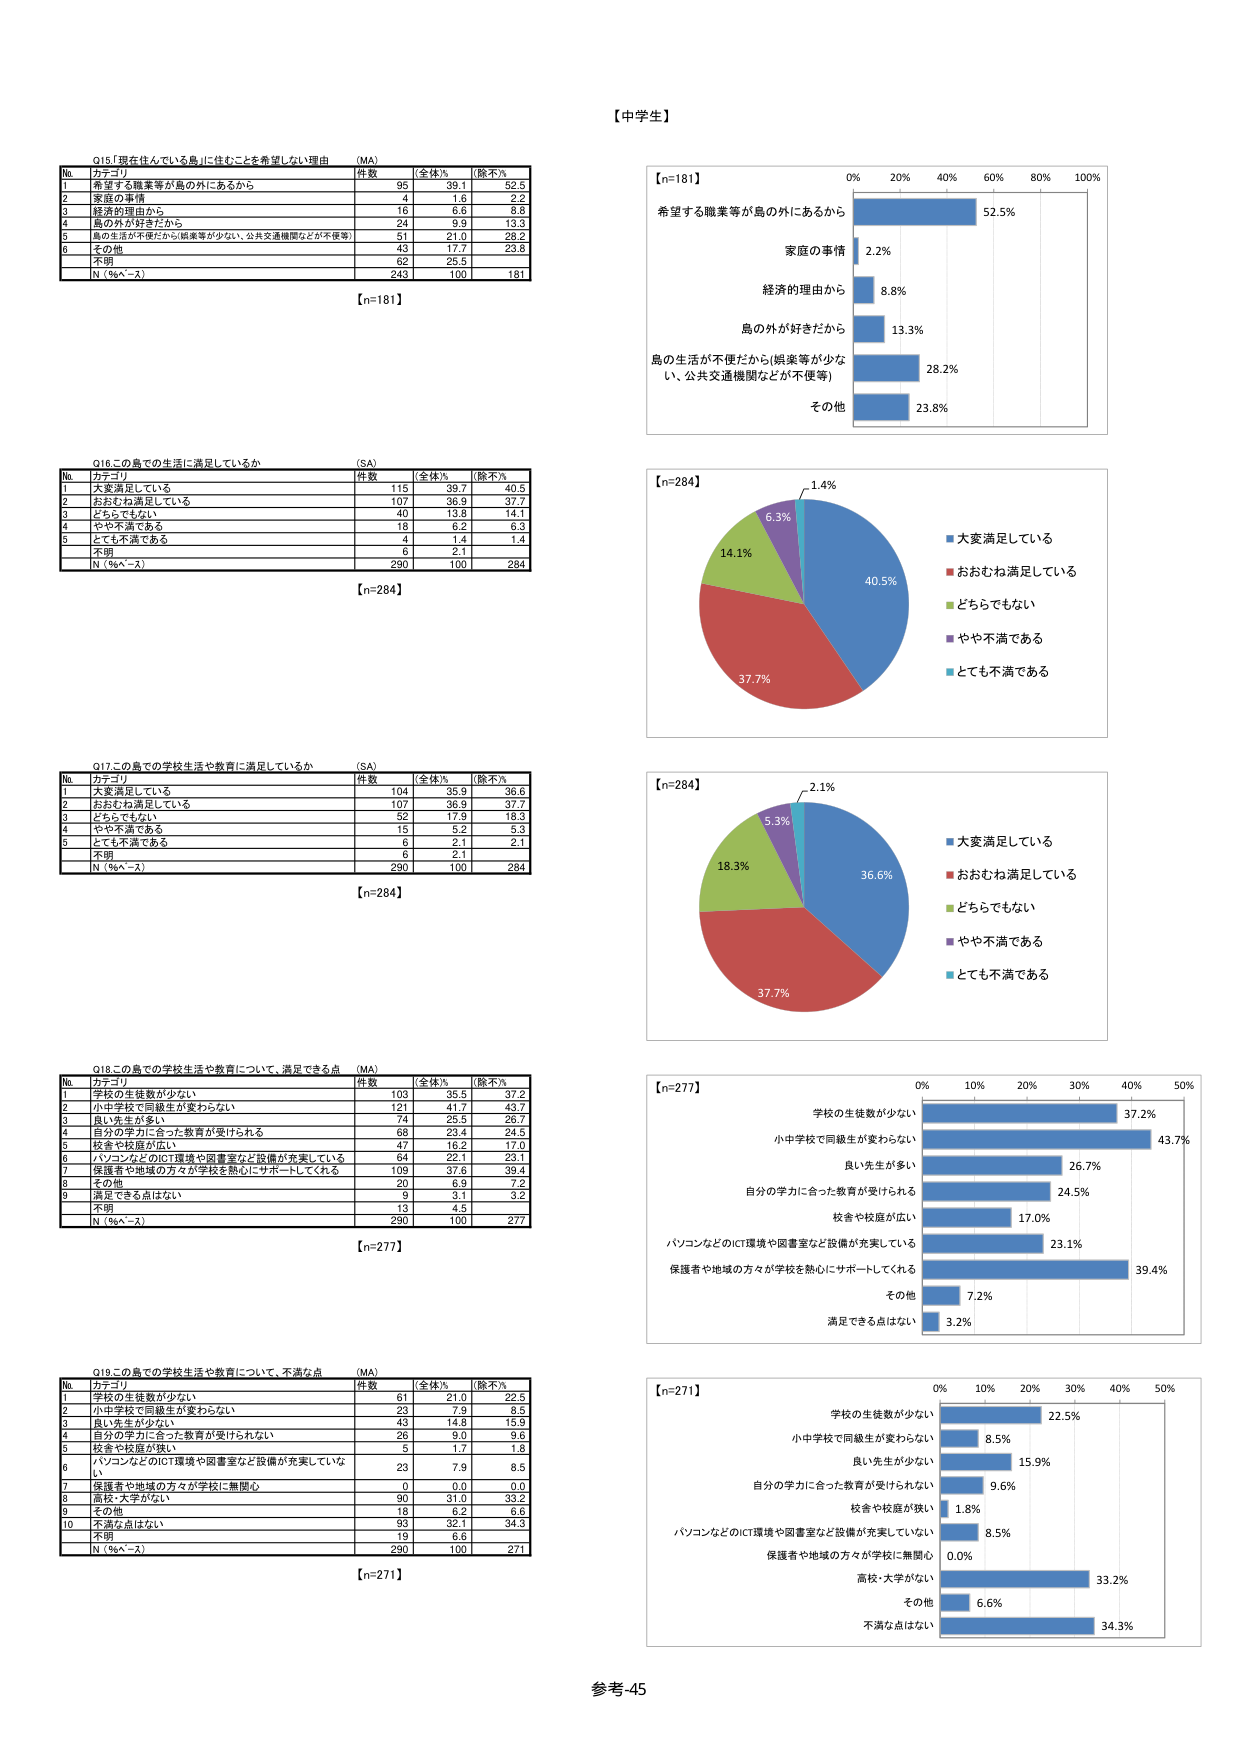
【中学生】

Q15「現在住んでいる島に住むことを希望しない理由」（MA）
No カテゴリ 件数 全体% （除不）%
1 希望する職業等が島の外にあるから 95 39.1 52.5
2 家庭の事情 4 1.6 2.2
3 経済的理由から 16 6.6 8.8
4 島の外が好きだから 24 9.9 13.3
5 島の生活が不便だから（娯楽等が少ない、公共交通機関などが不便等） 51 21.0 28.2
6 その他 43 17.7 23.8
7 不明 62 25.5
N（％ベース） 243 100 181
【n=181】

Q16この島での生活に満足しているか （SA）
No カテゴリ 件数 全体% （除不）%
1 大変満足している 115 39.7 40.5
2 おおむね満足している 107 36.9 37.7
3 どちらでもない 40 13.8 14.1
4 やや不満である 18 6.2 6.3
5 とても不満である 4 1.4 1.4
7 不明 6 2.1
N（％ベース） 290 100 284
【n=284】

Q17この島での学校生活や教育に満足しているか （SA）
No カテゴリ 件数 全体% （除不）%
1 大変満足している 104 35.9 36.6
2 おおむね満足している 107 36.9 37.7
3 どちらでもない 52 17.9 18.3
4 やや不満である 15 5.2 5.3
5 とても不満である 6 2.1 2.1
7 不明 6 2.1
N（％ベース） 290 100 284
【n=284】

Q18この島での学校生活や教育について、満足できる点 （MA）
No カテゴリ 件数 全体% （除不）%
1 学校の生徒数が少ない 103 35.5 37.2
2 小中学校で同級生が変わらない 121 41.7 43.7
3 良い先生が多い 74 25.5 26.7
4 自分の学力に合った教育が受けられる 68 23.4 23.5
5 校舎や校庭が広い 47 16.2 17.0
6 パソコンなどのICT環境や図書室など設備が充実している 64 22.1 23.1
7 保護者や地域の方々が学校を熱心にサポートしてくれる 109 37.6 39.4
8 その他 20 6.9 7.2
9 満足できる点はない 9 3.1 3.2
7 不明 13 4.5
N（％ベース） 290 100 277
【n=277】

Q19この島での学校生活や教育について、不満な点 （MA）
No カテゴリ 件数 全体% （除不）%
1 学校の生徒数が少ない 61 21.0 22.5
2 小中学校で同級生が変わらない 23 7.9 8.5
3 良い先生が少ない 43 14.8 15.9
4 自分の学力に合った教育が受けられない 26 9.0 9.6
5 校舎や校庭が狭い 5 1.7 1.8
6 パソコンなどのICT環境や図書室など設備が充実していない 23 7.9 8.5
7 保護者や地域の方々が学校に無関心 0 0.0 0.0
8 高校・大学がない 90 31.0 33.2
9 その他 18 6.2 6.6
10 不満な点はない 93 32.1 34.3
7 不明 19 6.6
N（％ベース） 290 100 271
【n=271】

【n=181】
希望する職業等が島の外にあるから 52.5%
家庭の事情 2.2%
経済的理由から 8.8%
島の外が好きだから 13.3%
島の生活が不便だから（娯楽等が少ない、公共交通機関などが不便等） 28.2%
その他 23.8%

【n=284】
大変満足している 40.5%
おおむね満足している 37.7%
どちらでもない 14.1%
やや不満である 6.3%
とても不満である 1.4%

【n=284】
大変満足している 36.6%
おおむね満足している 37.7%
どちらでもない 18.3%
やや不満である 5.3%
とても不満である 2.1%

【n=277】
学校の生徒数が少ない 37.2%
小中学校で同級生が変わらない 43.7%
良い先生が多い 26.7%
自分の学力に合った教育が受けられる 24.5%
校舎や校庭が広い 17.0%
パソコンなどのICT環境や図書室など設備が充実している 23.1%
保護者や地域の方々が学校を熱心にサポートしてくれる 39.4%
その他 7.2%
満足できる点はない 3.2%

【n=271】
学校の生徒数が少ない 22.5%
小中学校で同級生が変わらない 8.5%
良い先生が少ない 15.9%
自分の学力に合った教育が受けられない 9.6%
校舎や校庭が狭い 1.8%
パソコンなどのICT環境や図書室など設備が充実していない 8.5%
保護者や地域の方々が学校に無関心 0.0%
高校・大学がない 33.2%
その他 6.6%
不満な点はない 34.3%

参考-45